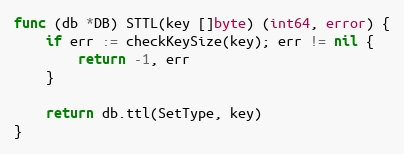
Language: Go
func (db *DB) STTL(key []byte) (int64, error) {
	if err := checkKeySize(key); err != nil {
		return -1, err
	}

	return db.ttl(SetType, key)
}